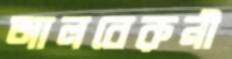
আলবেরুনী